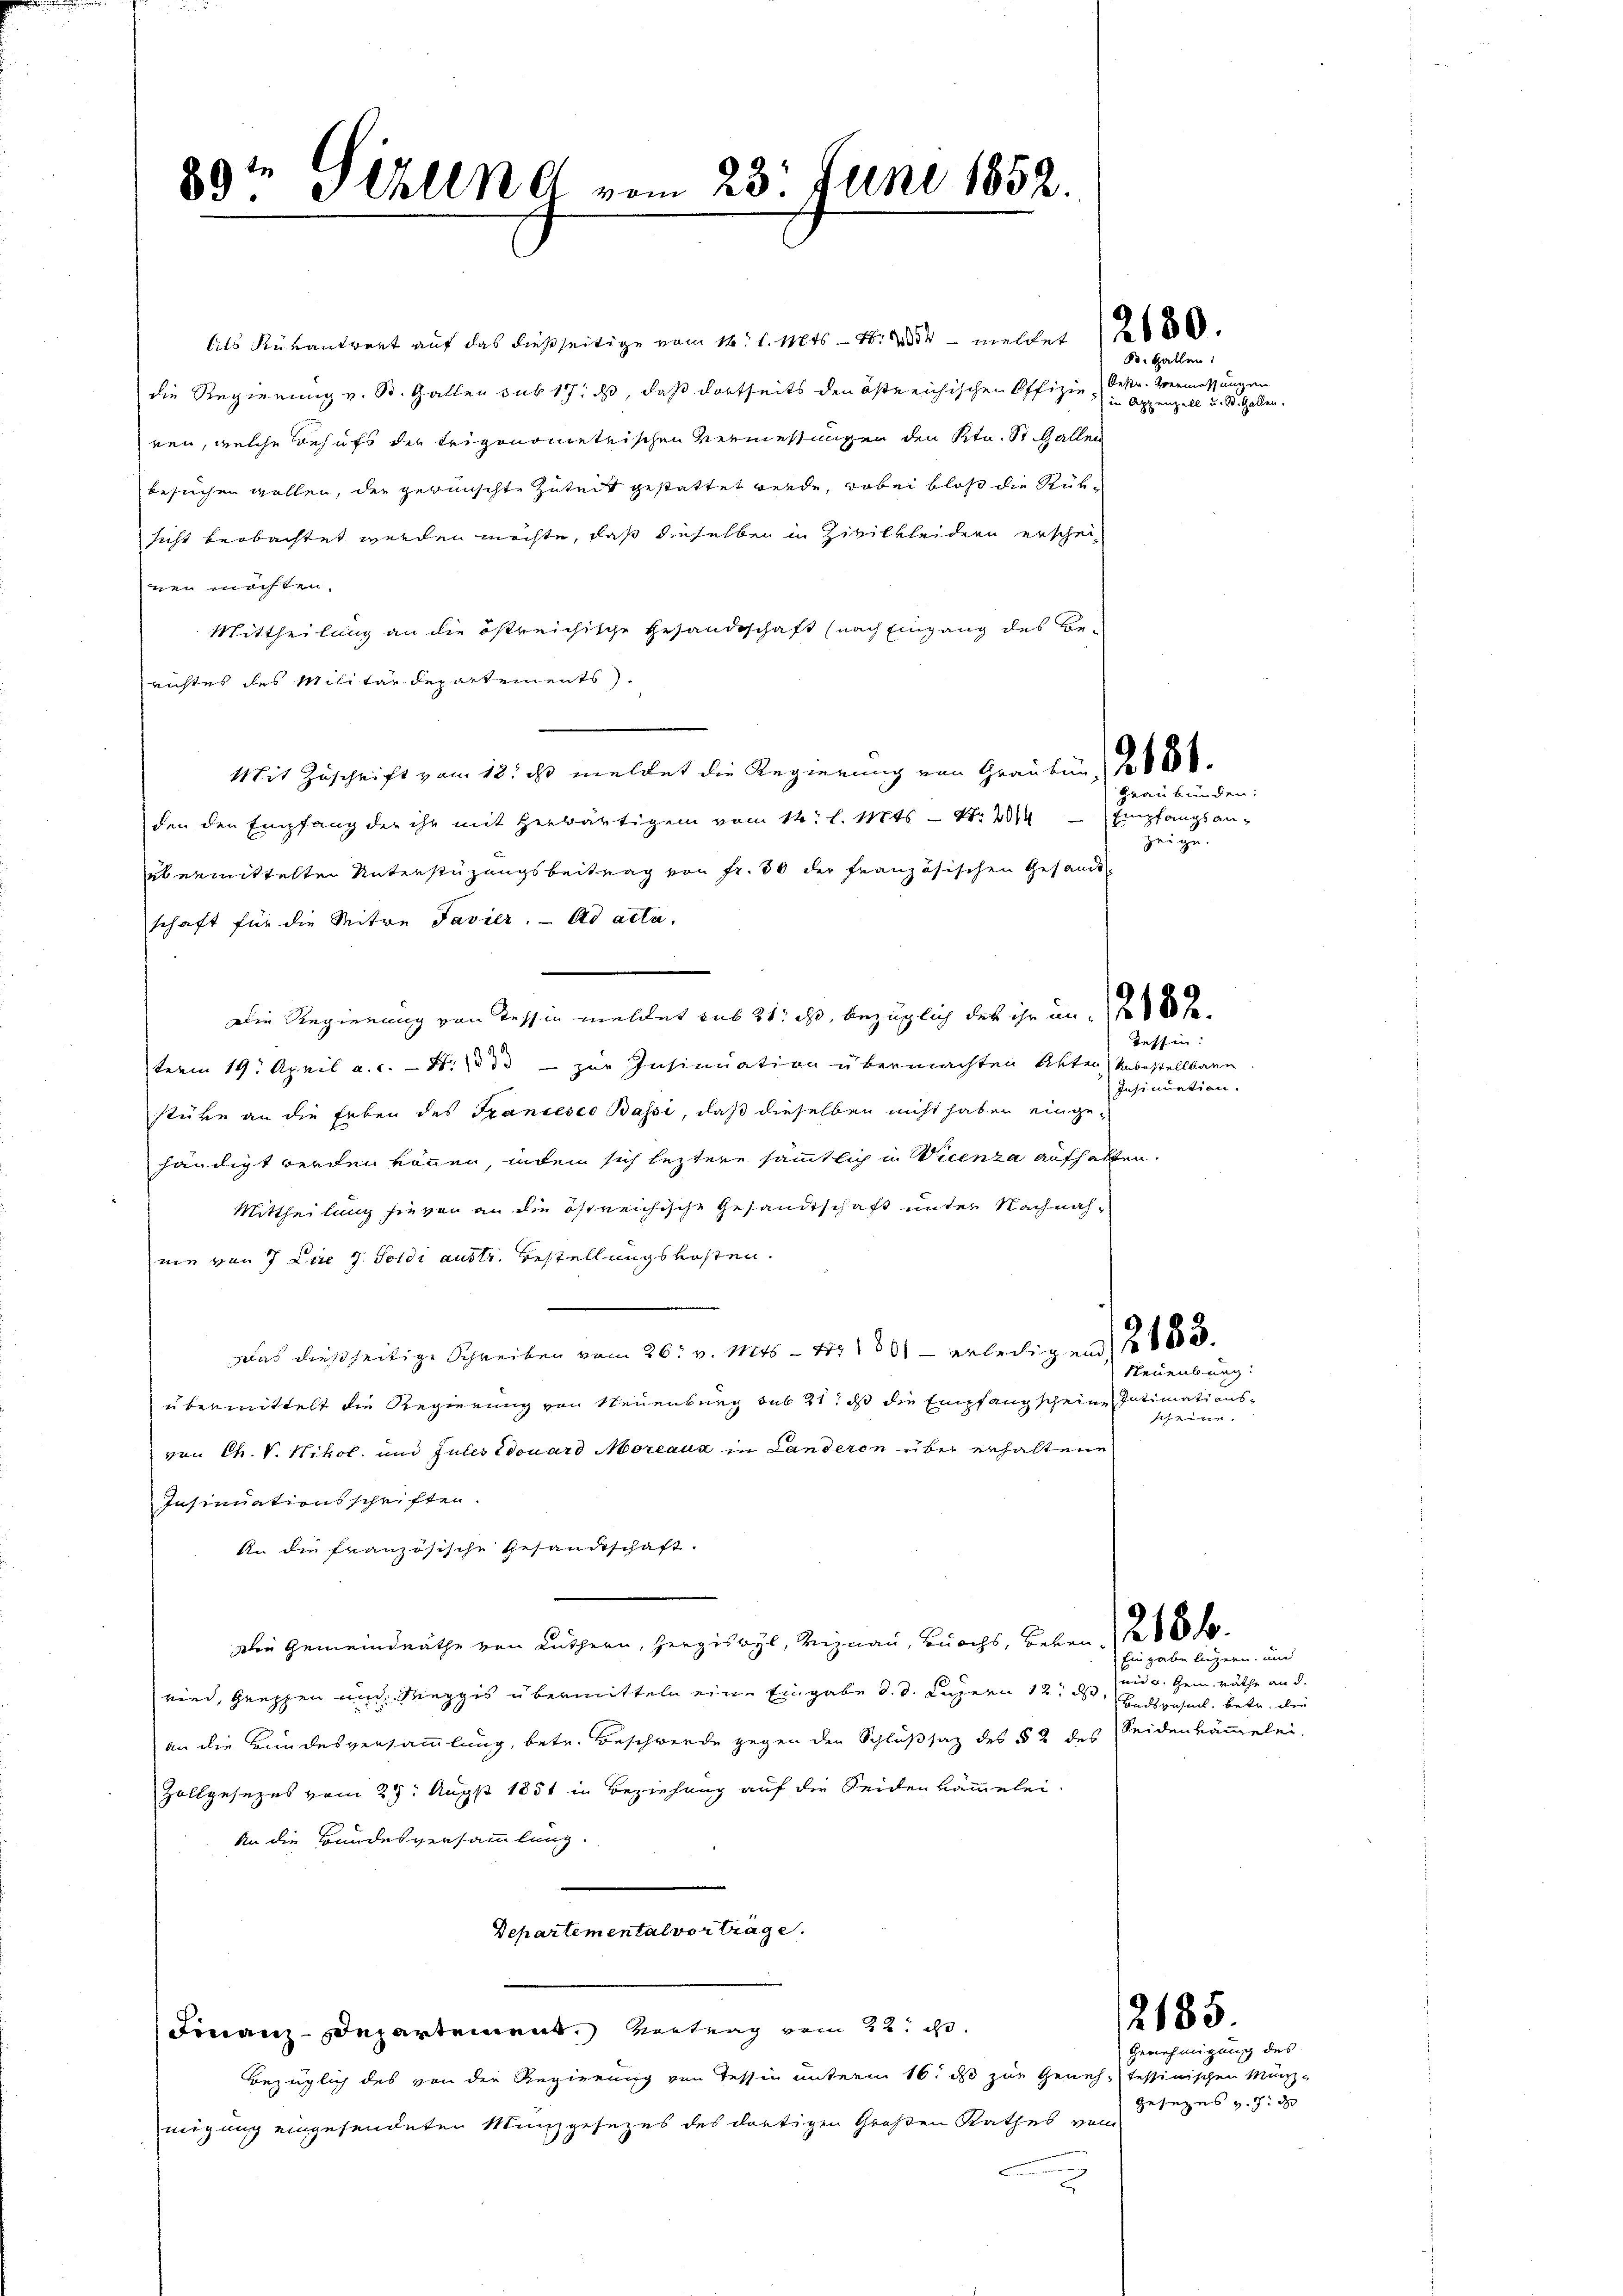
89te 1 Uhllke vom 23. Juni 1852.

Als Rükantragt auf das dießseitige vom 14. d. 146 - N. 2854 - meldet 12 880.
die Regierung v. St. Gallen sub 17, d, daß dortseits den östreichischen Offizie Oestr. Vermessungen
ren, welche Behufs der trigonometrischen Vermessungen den Ktn. St. Gallen
besuchen wollen, der gewünschte Zuteit gestattet werde, wobei bloß die Rüksicht beobachtet werden möchte, daß dieselben in Zivilkleidern erscheinen möchten.
Mittheilung an die östreichische Gesandtschaft (nach Eingang des Berichtes des Militärdepartements.
Mit Zuschrift vom 18. ds meldet die Regierung von Grauber, 286.
den den Empfang der ihr mit Herbärtigen vom 14. l. Mts. - No. 2014 Empfangsan-
übermittelter Unterstüzungsbeitrag von Fr. 30 der französischen Gesandt
schaft für die Mitwe Favier. Ad acta.
Die Regierung von Tessin meldet aus 21, ist, bezüglich des ihr und 1 60 Jaterm 19. April a. c. - N. 3 33 - zur Insinuation übermachten Akten Unbestellbare
stüre an die Erben des Francesco Bassi, daß dieselben nicht haben einge-
händigt werden können, indem sich leztere sämmtlich in Wicenza aufhalten.
Mittheilung hievon an die östreichische Gesandtschaft unter Nachnahnie von 7 die 7. Soldi austr. Bestellungskosten.
Das dießseitige Schreiben vom 26. v. Mts - 4. 1801 - erledigen 2 188
übermittelt die Regierung von Neuenburg sub 21. ds die Empfangscheine Intimations-
von Ch. V. Nikol. und Gutes Edouard Moreaux in Landeren über erhaltene
Insinuationsschriften.
An die französische Gesandtschaft.
Die Gemeindräthe von Luthern, Herziswyl, Viznau, Buchs, Leben, 286 f.
wind, Gruppen und Meggis übermitteln eine Eingabe d. d. Luzern 12 des eine betr. die
an die Bundesversammlung, betr. Beschwerde gegen den Schlußsatz des § 2 des Seidenkämmelei-
Zollgesezes vom 29. Augst 1851 in Beziehung auf die Seiden kämmelei¬
An die Bundesversammlung.
Departemental vorträge.
2185
Finanz-Departement. Vertrag vom 22. d.
Bezüglich des von der Regierung von Tessin unterm 16. ds zur Geneh- tessinischen Münz-
migung eingesendeten Münzgesezes des dortigen Großen Rathes von Gesezes v. 3. d
2

B. Hallen:
in Appenzell u. St. Gallen.

Graubünden:
zeige.

Tessin.
Insinuation.

Neuenburg:
scheine.

Eingabe liegern und
und u. Gem. Räthe an d.

Genehmigung des